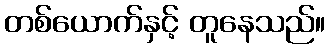
တစ်ယောက်နှင့် တူနေသည်။